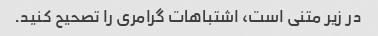
در زیر متنی است، اشتباهات گرامری را تصحیح کنید.